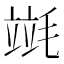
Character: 𣯞